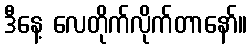
ဒီနေ့ လေတိုက်လိုက်တာနော်။